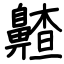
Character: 齄